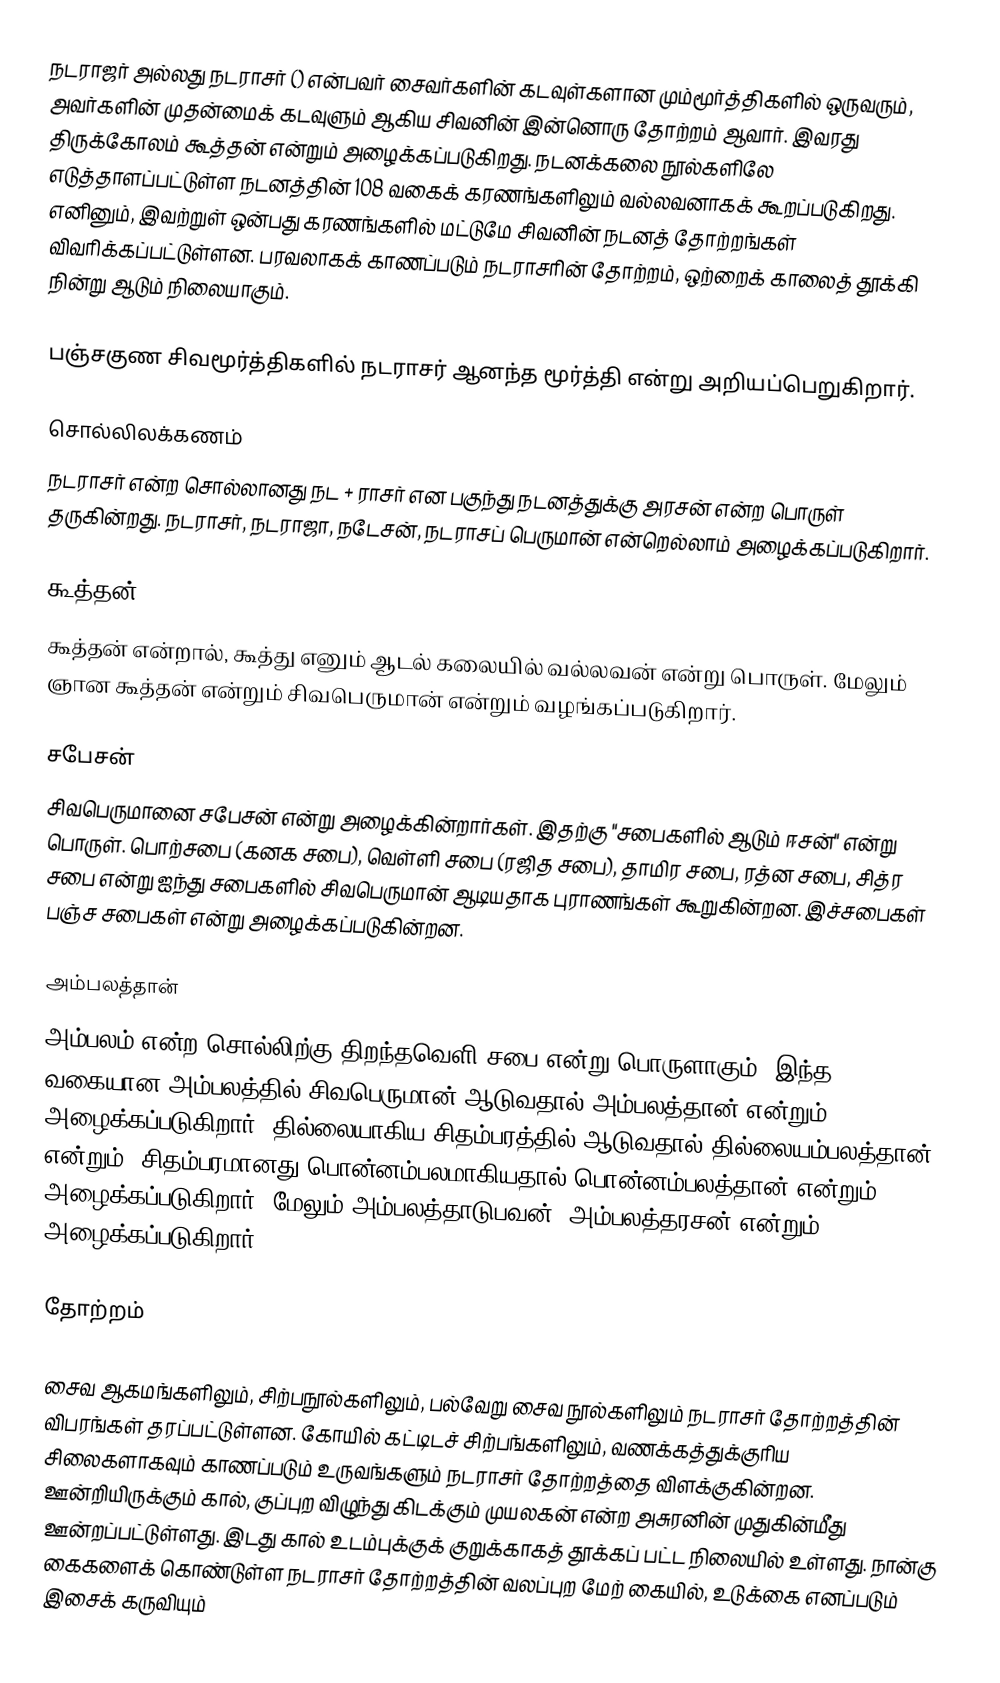
நடராஜர் அல்லது நடராசர் () என்பவர் சைவர்களின் கடவுள்களான மும்மூர்த்திகளில் ஒருவரும், அவர்களின் முதன்மைக் கடவுளும் ஆகிய சிவனின் இன்னொரு தோற்றம் ஆவார்.  இவரது திருக்கோலம் கூத்தன் என்றும் அழைக்கப்படுகிறது. நடனக்கலை நூல்களிலே எடுத்தாளப்பட்டுள்ள நடனத்தின் 108 வகைக் கரணங்களிலும் வல்லவனாகக் கூறப்படுகிறது. எனினும், இவற்றுள் ஒன்பது கரணங்களில் மட்டுமே சிவனின் நடனத் தோற்றங்கள் விவரிக்கப்பட்டுள்ளன. பரவலாகக் காணப்படும் நடராசரின் தோற்றம், ஒற்றைக் காலைத் தூக்கி நின்று ஆடும் நிலையாகும்.

பஞ்சகுண சிவமூர்த்திகளில் நடராசர் ஆனந்த மூர்த்தி என்று அறியப்பெறுகிறார்.

சொல்லிலக்கணம்
நடராசர் என்ற சொல்லானது நட + ராசர் என பகுந்து நடனத்துக்கு அரசன் என்ற பொருள் தருகின்றது. நடராசர், நடராஜா, நடேசன், நடராசப் பெருமான் என்றெல்லாம் அழைக்கப்படுகிறார்.

கூத்தன்
கூத்தன் என்றால், கூத்து எனும் ஆடல் கலையில் வல்லவன் என்று பொருள். மேலும் ஞான கூத்தன் என்றும் சிவபெருமான் என்றும் வழங்கப்படுகிறார்.

சபேசன்
சிவபெருமானை சபேசன் என்று அழைக்கின்றார்கள். இதற்கு "சபைகளில் ஆடும் ஈசன்" என்று பொருள். பொற்சபை (கனக சபை), வெள்ளி சபை (ரஜித சபை), தாமிர சபை, ரத்ன சபை, சித்ர சபை என்று ஐந்து சபைகளில் சிவபெருமான் ஆடியதாக புராணங்கள் கூறுகின்றன. இச்சபைகள் பஞ்ச சபைகள் என்று அழைக்கப்படுகின்றன.

அம்பலத்தான்
அம்பலம் என்ற சொல்லிற்கு திறந்தவெளி சபை என்று பொருளாகும். இந்த வகையான அம்பலத்தில் சிவபெருமான் ஆடுவதால் அம்பலத்தான் என்றும் அழைக்கப்படுகிறார். தில்லையாகிய சிதம்பரத்தில் ஆடுவதால் தில்லையம்பலத்தான் என்றும். சிதம்பரமானது பொன்னம்பலமாகியதால்  பொன்னம்பலத்தான் என்றும் அழைக்கப்படுகிறார். மேலும் அம்பலத்தாடுபவன், அம்பலத்தரசன் என்றும் அழைக்கப்படுகிறார்.

தோற்றம்

சைவ ஆகமங்களிலும், சிற்பநூல்களிலும், பல்வேறு சைவ நூல்களிலும் நடராசர் தோற்றத்தின் விபரங்கள் தரப்பட்டுள்ளன. கோயில் கட்டிடச் சிற்பங்களிலும், வணக்கத்துக்குரிய சிலைகளாகவும் காணப்படும் உருவங்களும் நடராசர் தோற்றத்தை விளக்குகின்றன. ஊன்றியிருக்கும் கால், குப்புற விழுந்து கிடக்கும் முயலகன் என்ற அசுரனின் முதுகின்மீது ஊன்றப்பட்டுள்ளது. இடது கால் உடம்புக்குக் குறுக்காகத் தூக்கப் பட்ட நிலையில் உள்ளது. நான்கு கைகளைக் கொண்டுள்ள நடராசர் தோற்றத்தின் வலப்புற மேற் கையில், உடுக்கை எனப்படும் இசைக் கருவியும்